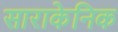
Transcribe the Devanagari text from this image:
साराकेनिक